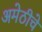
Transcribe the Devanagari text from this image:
अमेठीचे